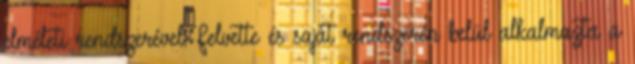
elméleti rendszerével. Felvette és saját rendszerén belül alkalmazta a